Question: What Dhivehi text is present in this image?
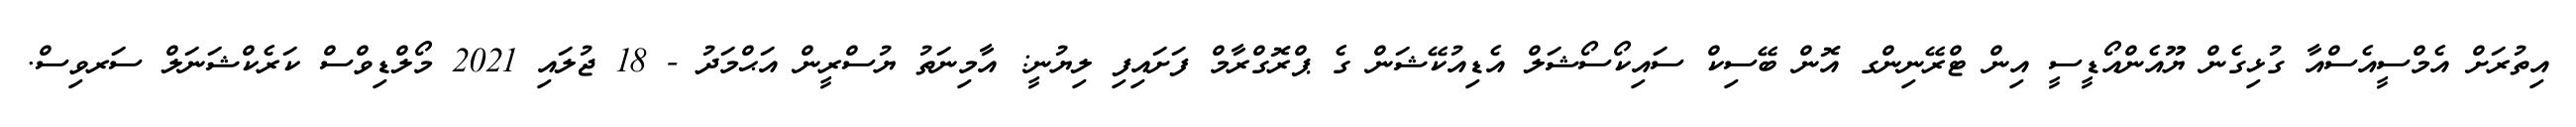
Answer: އިތުރަށް އެމްސީއެސްއާ ގުޅިގެން ޔޫއެންއޯޑީސީ އިން ޓްރޭނިންގ އޮން ބޭސިކް ސައިކޯސޯޝަލް އެޑިއުކޭޝަން ގެ ޕްރޮގްރާމް ފަށައިފި ލިޔުނީ: އާމިނަތު ޔުސްރީން އަޙްމަދު - 18 ޖުލައި 2021 މޯލްޑިވްސް ކަރެކްޝަނަލް ސަރވިސް.